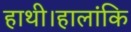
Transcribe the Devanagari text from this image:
हाथी।हालांकि